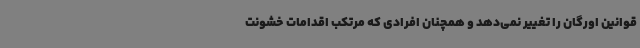
قوانین اورگان را تغییر نمی‌دهد و همچنان افرادی که مرتکب اقدامات خشونت